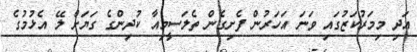
އަދި މިމަރުކަޒުގައި ވަނަ އަހަރުން ފެށިގެން ތެލަސީމިއާ ކުދިންގެ ގަޔަށް ލޭ އެޅުމުގެ